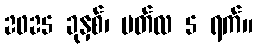
2025 ခုနှစ်၊ မတ်လ 5 ရက်။